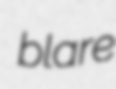
blare